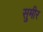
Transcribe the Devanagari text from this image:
सुमीर